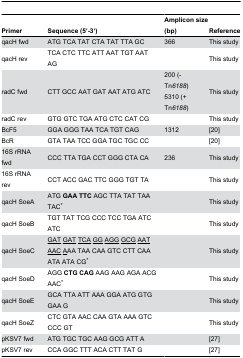
| Primer | Sequence (5‘-3‘) | Amplicon size (bp) | Reference |
 | --- | --- | --- | --- |
 | qacH fwd | ATG TCA TAT CTA TAT TTA GC | 366 | This study |
 | qacH rev | TCA CTC TTC ATT AAT TGT AAT AG |  | This study |
 | radC fwd | CTT GCC AAT GAT AAT ATG ATC | 200 (- Tn6188) 5310 (+ Tn6188) | This study |
 | radC rev | GTG GTC TGA ATG CTC CAT CG |  | This study |
 | BcF5 | GGA GGG TAA TCA TGT CAG | 1312 | [20] |
 | BcR | GTA TAA TCC GGA TGC TGC CC |  | [20] |
 | 16S rRNA fwd | CCC TTA TGA CCT GGG CTA CA | 236 | This study |
 | 16S rRNA rev | CCT ACC GAC TTC GGG TGT TA |  | This study |
 | qacH SoeA | ATG GAATTC AGC TTA TAT TAA TAC* |  | This study |
 | qacH SoeB | TGT TAT TCG CCC TCC TGA ATC ATC |  | This study |
 | qacH SoeC | <underline>GAT</underline><underline>GAT</underline><underline>TCA</underline><underline>GG</underline><underline>AGG</underline><underline>GCG</underline><underline>AAT</underline><underline>AAC</underline><underline>A</underline>AA TAA CAA GTC CTT CAA ATA ATA CG* |  | This study |
 | qacH SoeD | AGG CTGCAG AAG AAG AGA ACG AAC* |  | This study |
 | qacH SoeE | GCA TTA ATT AAA GGA ATG GTG GAA G |  | This study |
 | qacH SoeZ | CTC GTA AAC CAA GTA AAA GTC CCC GT |  | This study |
 | pKSV7 fwd | ATG TGC TGC AAG GCG ATT A |  | [27] |
 | pKSV7 rev | CCA GGC TTT ACA CTT TAT G |  | [27] |